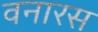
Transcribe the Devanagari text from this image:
वनारस